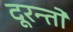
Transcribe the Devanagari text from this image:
दूरन्तो